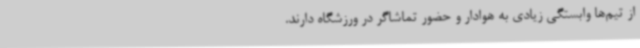
از تیم‌ها وابستگی زیادی به هوادار و حضور تماشاگر در ورزشگاه دارند.